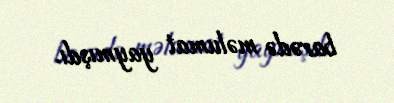
barədə məlumat yaymışdı.